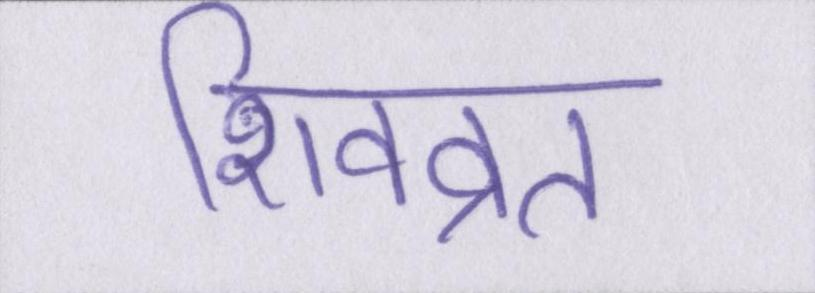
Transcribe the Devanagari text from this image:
शिवव्रत